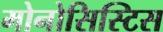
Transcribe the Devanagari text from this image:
मोनोसिस्टिस